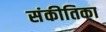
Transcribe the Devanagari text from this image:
संकीतिका